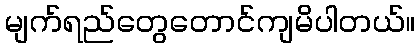
မျက်ရည်တွေတောင်ကျမိပါတယ်။